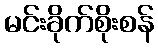
မင်းခိုက်စိုးစန်